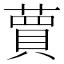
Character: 蕒